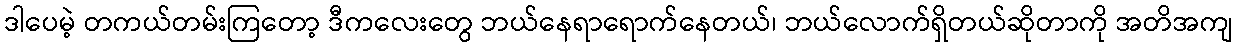
ဒါပေမဲ့ တကယ်တမ်းကြတော့ ဒီကလေးတွေ ဘယ်နေရာရောက်နေတယ်၊ ဘယ်လောက်ရှိတယ်ဆိုတာကို အတိအကျ